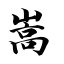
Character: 嵩